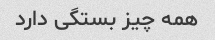
همه چیز بستگی دارد